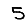
Digit: 5